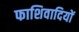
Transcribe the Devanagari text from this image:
फाशिवादियों